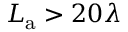
L _ { \mathrm { a } } > 2 0 \lambda